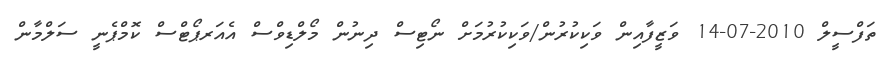
ތަފްސީލް 2010-07-14 ވަޒީފާއިން ވަކިކުރުން/ވަކިކުރުމަށް ނޯޓިސް ދިނުން މޯލްޑިވްސް އެއަރޕޯޓްސް ކޮމްޕެނީ ސަލްމާން